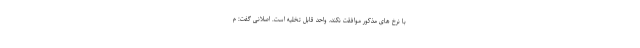
با نرخ ­های مذکور موافقت نکند، واحد قابل تخلیه است. اصلانی گفت: م